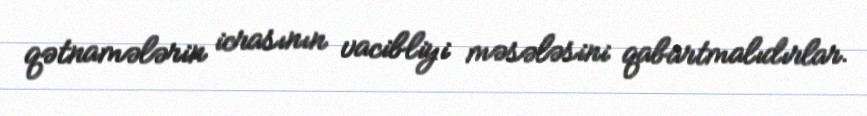
qətnamələrin icrasının vacibliyi məsələsini qabartmalıdırlar.